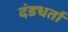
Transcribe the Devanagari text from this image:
दंडधर्ता